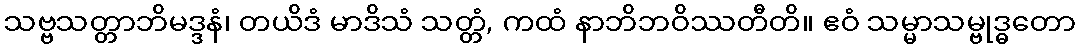
သဗ္ဗသတ္တာဘိမဒ္ဒနံ၊ တယိဒံ မာဒိသံ သတ္တံ, ကထံ နာဘိဘဝိဿတီတိ။ ဧဝံ သမ္မာသမ္ဗုဒ္ဓတော